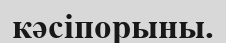
кәсіпорыны.